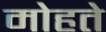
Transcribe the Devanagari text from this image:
मोहते